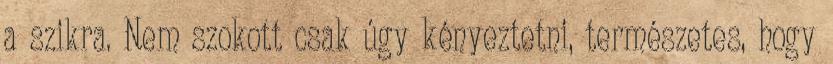
a szikra. Nem szokott csak úgy kényeztetni, természetes, hogy